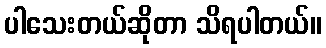
ပါသေးတယ်ဆိုတာ သိရပါတယ်။